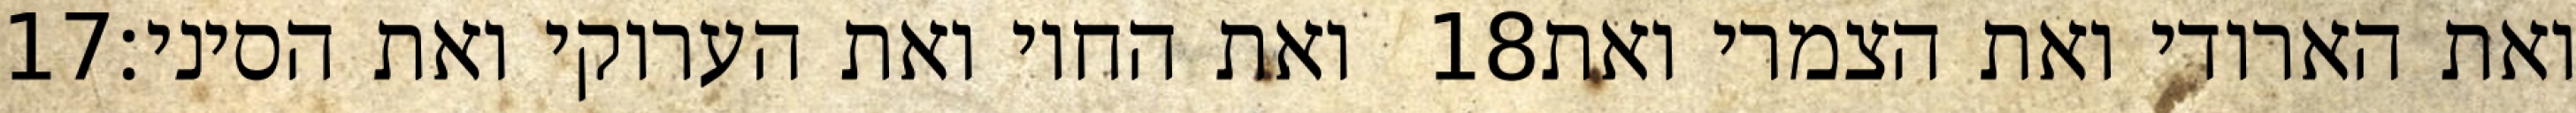
‎17‏ ואת החוי ואת הערוקי ואת הסיני׃ ‎18‏ ואת הארודי ואת הצמרי ואת